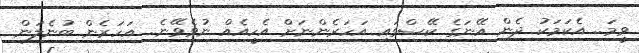
ވީމަ.. އެކަމަކު ދެން އޭނަގެ ކޭސްގައި އަހަރެންނަށް އެހީއެއް ނުވެވޭނެ.. އަހަރެން ބުނެލަން